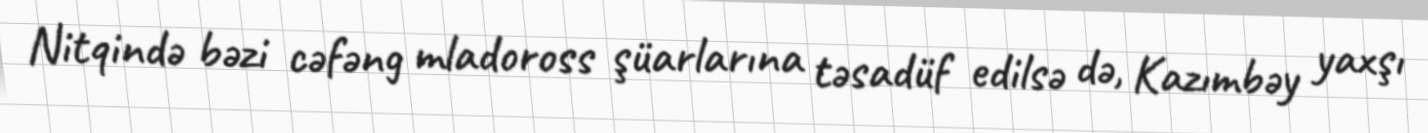
Nitqində bəzi cəfəng mladoross şüarlarına təsadüf edilsə də, Kazımbəy yaxşı